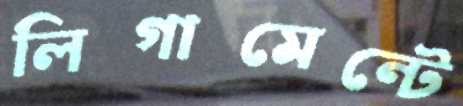
লিগামেন্টে